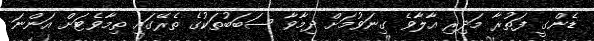
ޑެންގީ ފަތުރާ މަދިރި އާލާވެ ގިނަވުމަށް ދިމާވާ ސަބަބުތަކުގެ ތެރޭގައި ތިމާވެޓަށް އަންނަ